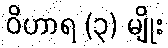
ဝိဟာရ (၃) မျိုး